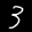
Label: 3